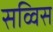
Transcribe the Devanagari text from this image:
सव्विस